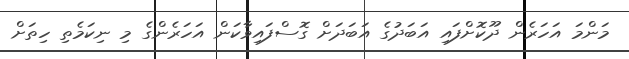
މަންމަ އަހަރެން ދޫކޮށްފައި އަބަދުގެ އަބަދަށް ގޮސްފައިވާކަން އަހަރެންގެ މި ނިކަމެތި ހިތަށް